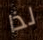
لذا